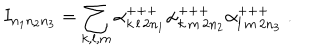
I _ { n _ { 1 } n _ { 2 } n _ { 3 } } = \sum _ { k , l , m } \alpha _ { k \, l \, 2 n _ { 1 } } ^ { + + + } \alpha _ { k \, m \, 2 n _ { 2 } } ^ { + + + } \alpha _ { l \, m \, 2 n _ { 3 } } ^ { + + + } \; .